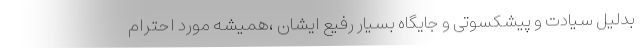
بدلیل سیادت و پیشکسوتی و جایگاه بسیار رفیع ایشان ،همیشه مورد احترام